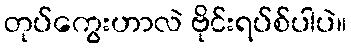
တုပ်ကွေးဟာလဲ ဗိုင်းရပ်စ်ပါပဲ။